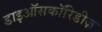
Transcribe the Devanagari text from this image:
डाइऑसकॉरिडीज़